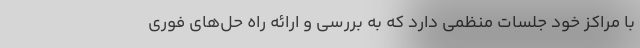
با مراکز خود جلسات منظمی دارد که به بررسی و ارائه راه حل‌های فوری